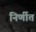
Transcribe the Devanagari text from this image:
निर्णीतं